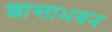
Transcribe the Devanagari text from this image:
शान्ताभवन